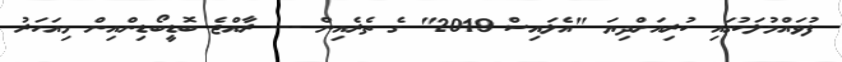
ފުވައްމުލަކުގައި ކުރިއަށްދިޔަ "އެލައިސް 2019" ގެ ތެރެއިން --- ރާއްޖެ ބޮޑީބޯޑިންއިން މިއަހަރު